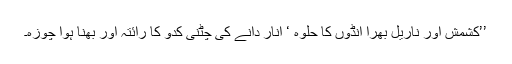
’’کشمش اور ناریل بھرا انڈوں کا حلوہ ‘ انار دانے کی چٹنی کدو کا رائتہ اور بھنا ہوا چوزہ۔